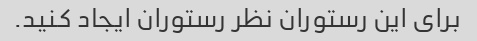
برای این رستوران نظر رستوران ایجاد کنید.